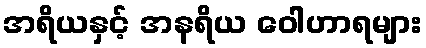
အရိယနှင့် အနရိယ ဝေါဟာရများ